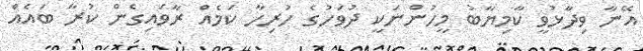
އޭނާ ވިދާޅުވީ ކާމިޔާބު މީހުންނަކީ ދުވަހުގެ ހުރިހާ ކަމެއް ރާވައިގެން ކުރާ ބައެއް